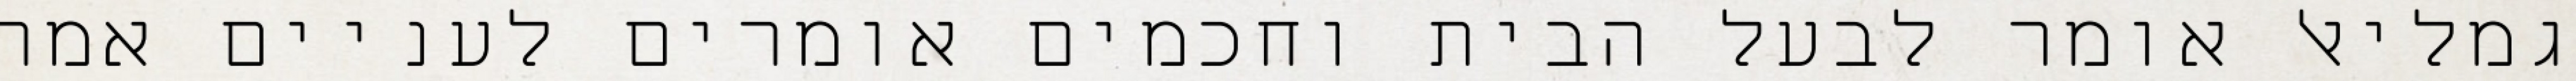
גמליאל אומר לבעל הבית וחכמים אומרים לעניים אמר